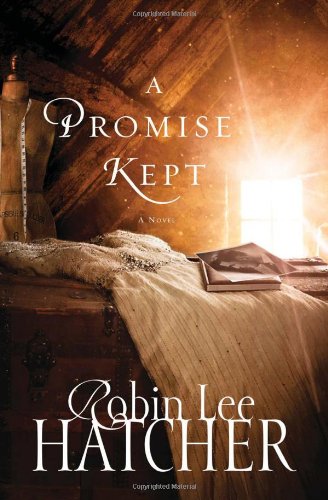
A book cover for A Promise Kept; Robin Lee Hatcher; Literature & Fiction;